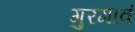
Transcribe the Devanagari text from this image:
गुरगावं